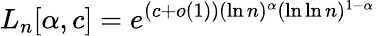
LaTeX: L_{n}[\alpha,c]=e^{(c+o(1))(\ln n)^{\alpha}(\ln\ln n)^{1-\alpha}}